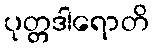
ပုတ္တဒါရောတိ